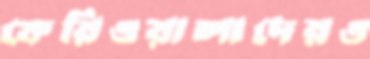
ফেরিওয়ালাদেরও